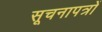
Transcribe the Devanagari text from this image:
सूचनापत्रों